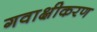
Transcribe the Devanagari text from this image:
गवाक्षीकरण